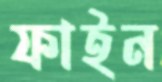
ফাইন